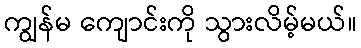
ကျွန်မ ကျောင်းကို သွားလိမ့်မယ်။